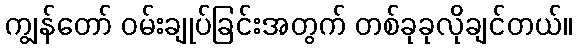
ကျွန်တော် ဝမ်းချုပ်ခြင်းအတွက် တစ်ခုခုလိုချင်တယ်။